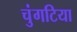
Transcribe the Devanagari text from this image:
चुंगटिया